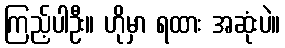
ကြည့်ပါဦး။ ဟိုမှာ ရထား အဆုံးပဲ။